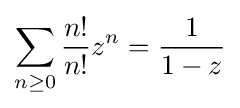
\sum _{n\geq 0}{\frac {n!}{n!}}z^{n}={\frac {1}{1-z}}